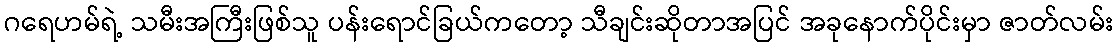
ဂရေဟမ်ရဲ့ သမီးအကြီးဖြစ်သူ ပန်းရောင်ခြယ်ကတော့ သီချင်းဆိုတာအပြင် အခုနောက်ပိုင်းမှာ ဇာတ်လမ်း